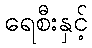
ရေစီးနှင့်